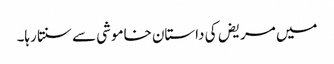
میں مریض کی داستان خاموشی سے سنتا رہا۔